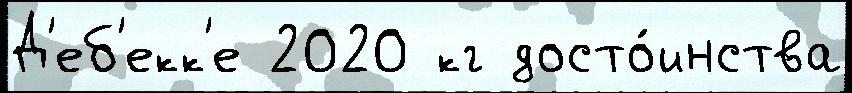
Д'еб'екк'е 2020 кг досто́инства